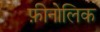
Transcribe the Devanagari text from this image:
फ़ीनोलिक